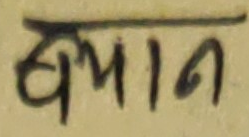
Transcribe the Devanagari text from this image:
हपान